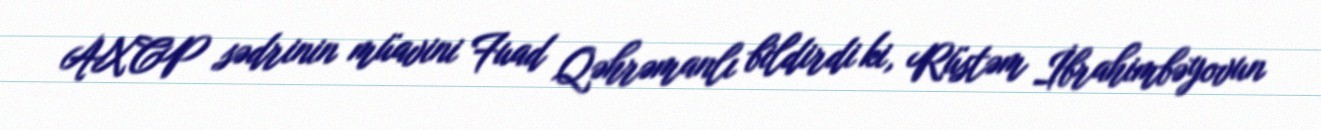
AXCP sədrinin müavini Fuad Qəhrəmanlı bildirdi ki, Rüstəm İbrahimbəyovun